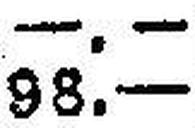
98.—